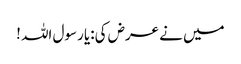
میں نے عرض کی:یا رسول اللہ !